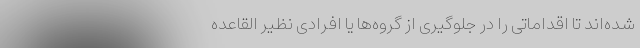
شده‌اند تا اقداماتی را در جلوگیری از گروه‌ها یا افرادی نظیر القاعده